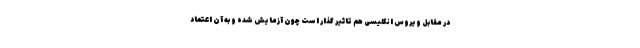
در مقابل ویروس انگلیسی هم تاثیر گذار است چون آزمایش شده و به آن اعتماد